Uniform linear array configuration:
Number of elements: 16
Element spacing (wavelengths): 1
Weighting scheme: cosine
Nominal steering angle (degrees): -60
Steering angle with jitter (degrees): -59.024
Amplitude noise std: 0.05
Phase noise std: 0.05

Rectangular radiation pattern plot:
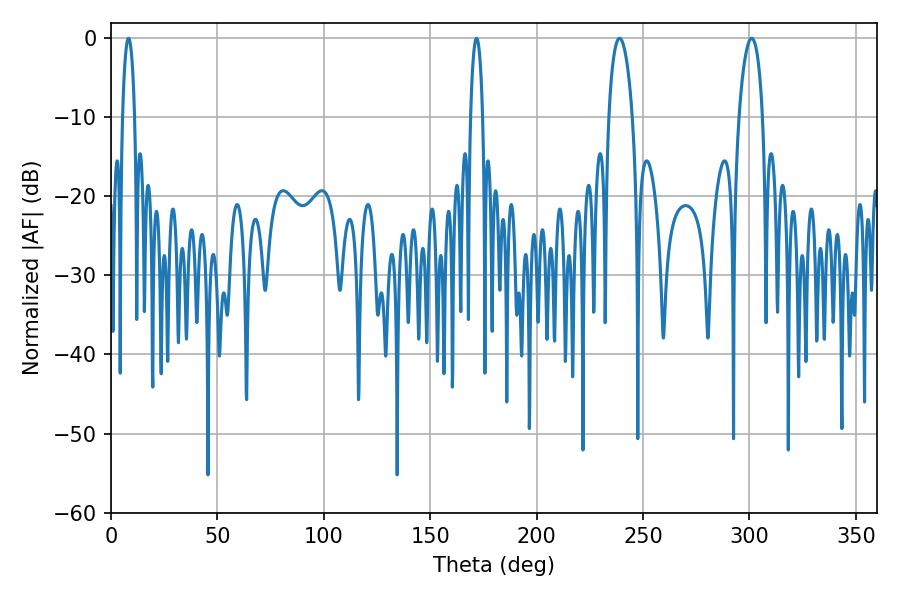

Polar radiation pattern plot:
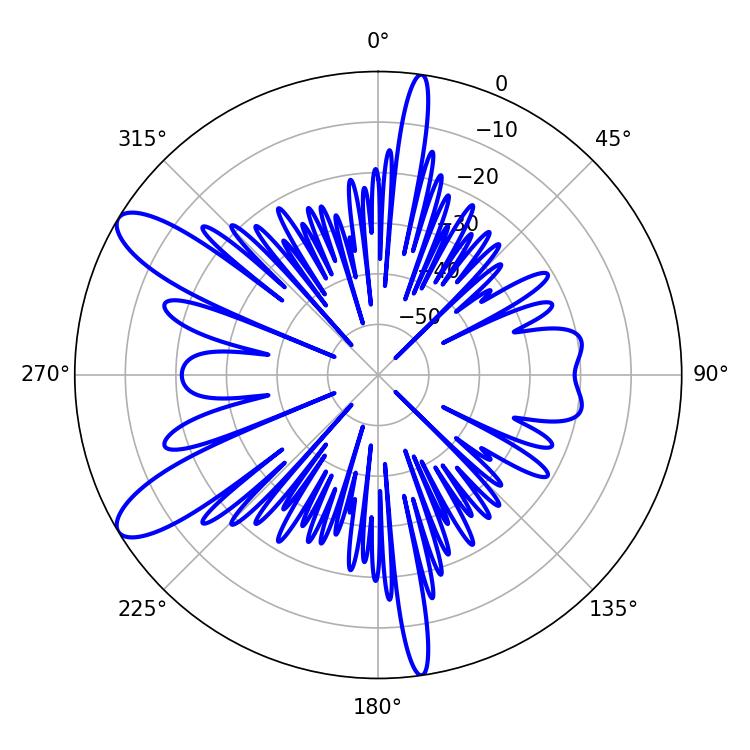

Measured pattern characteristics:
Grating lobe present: TRUE
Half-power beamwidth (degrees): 6.3
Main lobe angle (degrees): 239.04